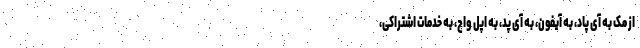
از مک به آی پاد، به آیفون، به آی پد، به اپل واچ، به خدمات اشتراکی،